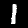
Digit: 1